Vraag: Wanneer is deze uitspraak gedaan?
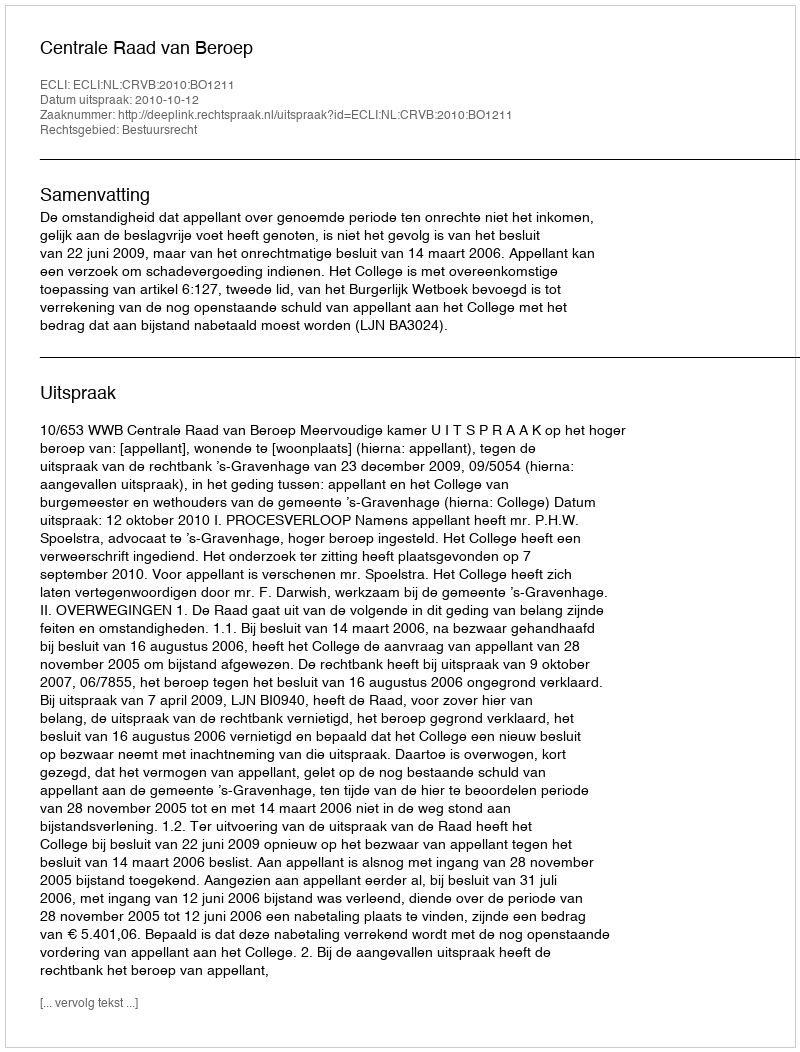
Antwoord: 2010-10-12